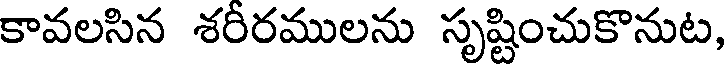
కావలసిన శరీరములను సృష్టించుకొనుట,